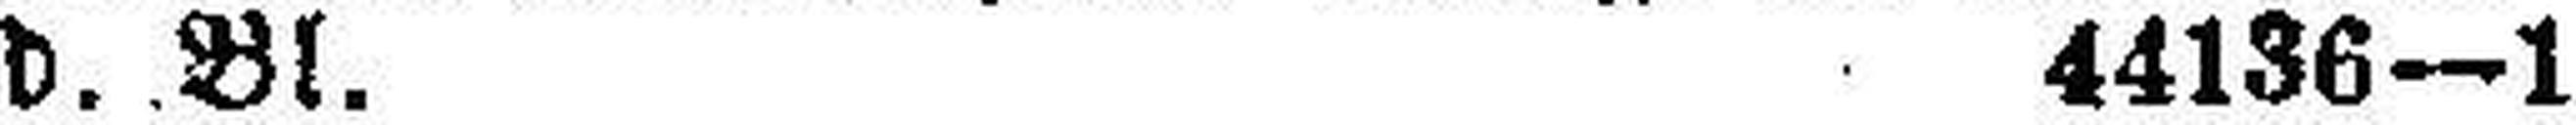
d. Bl. 44136—1